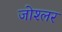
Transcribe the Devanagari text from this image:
जोश्लर